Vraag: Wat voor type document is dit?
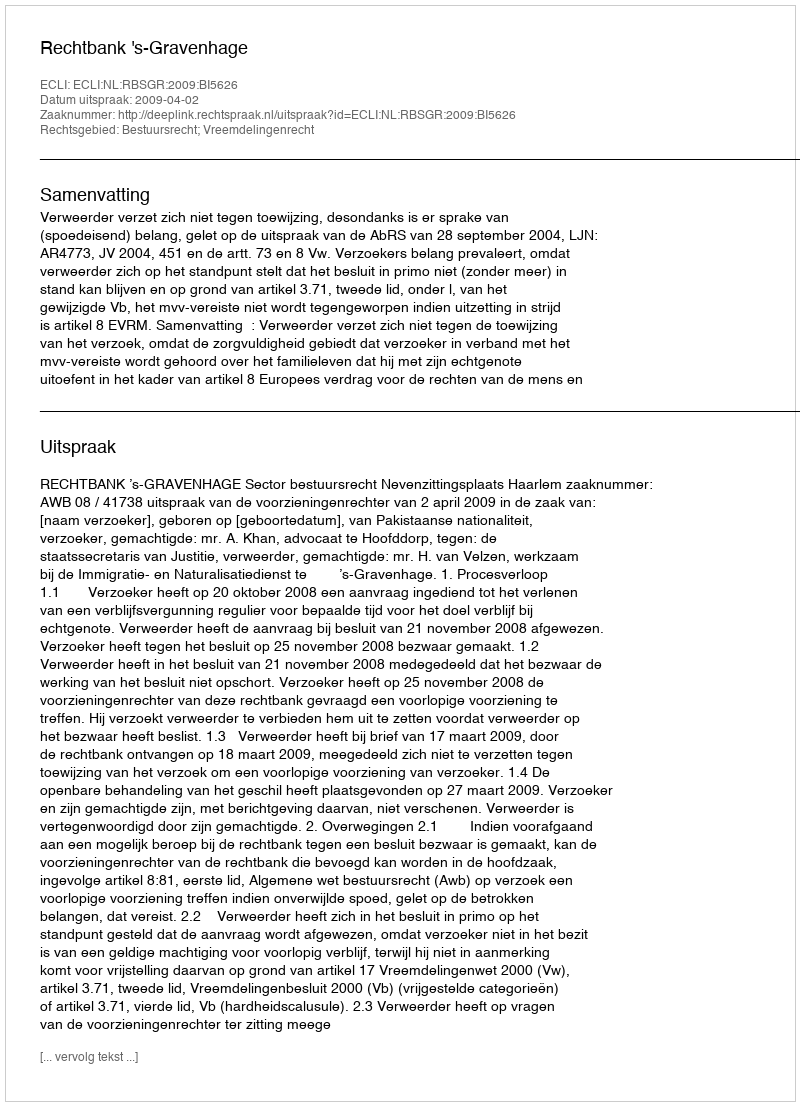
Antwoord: Uitspraak